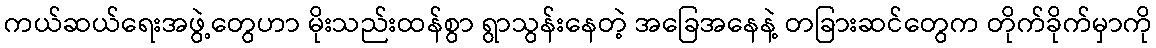
ကယ်ဆယ်ရေးအဖွဲ့တွေဟာ မိုးသည်းထန်စွာ ရွာသွန်းနေတဲ့ အခြေအနေနဲ့ တခြားဆင်တွေက တိုက်ခိုက်မှာကို